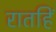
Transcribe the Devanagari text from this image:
रातहिं